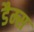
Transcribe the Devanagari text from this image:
डैम्स